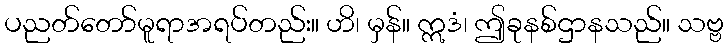
ပညတ်တော်မူရာအရပ်တည်း။ ဟိ၊ မှန်။ ဣဒံ၊ ဤခုနစ်ဌာနသည်။ သဗ္ဗ